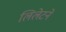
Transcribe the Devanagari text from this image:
लिलेटने